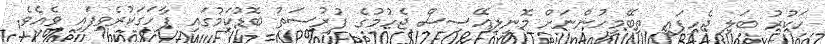
ހަކުރު ބަލި ޖެހިފައި ތިބޭމީހުންނަށް މޮނީލިއޭސިސް ޖެހުމުގެ ފުރުސަތު ބޮޑުކަމުގައި ފާހަގަކުރެވިފައި ވެއެވެ.